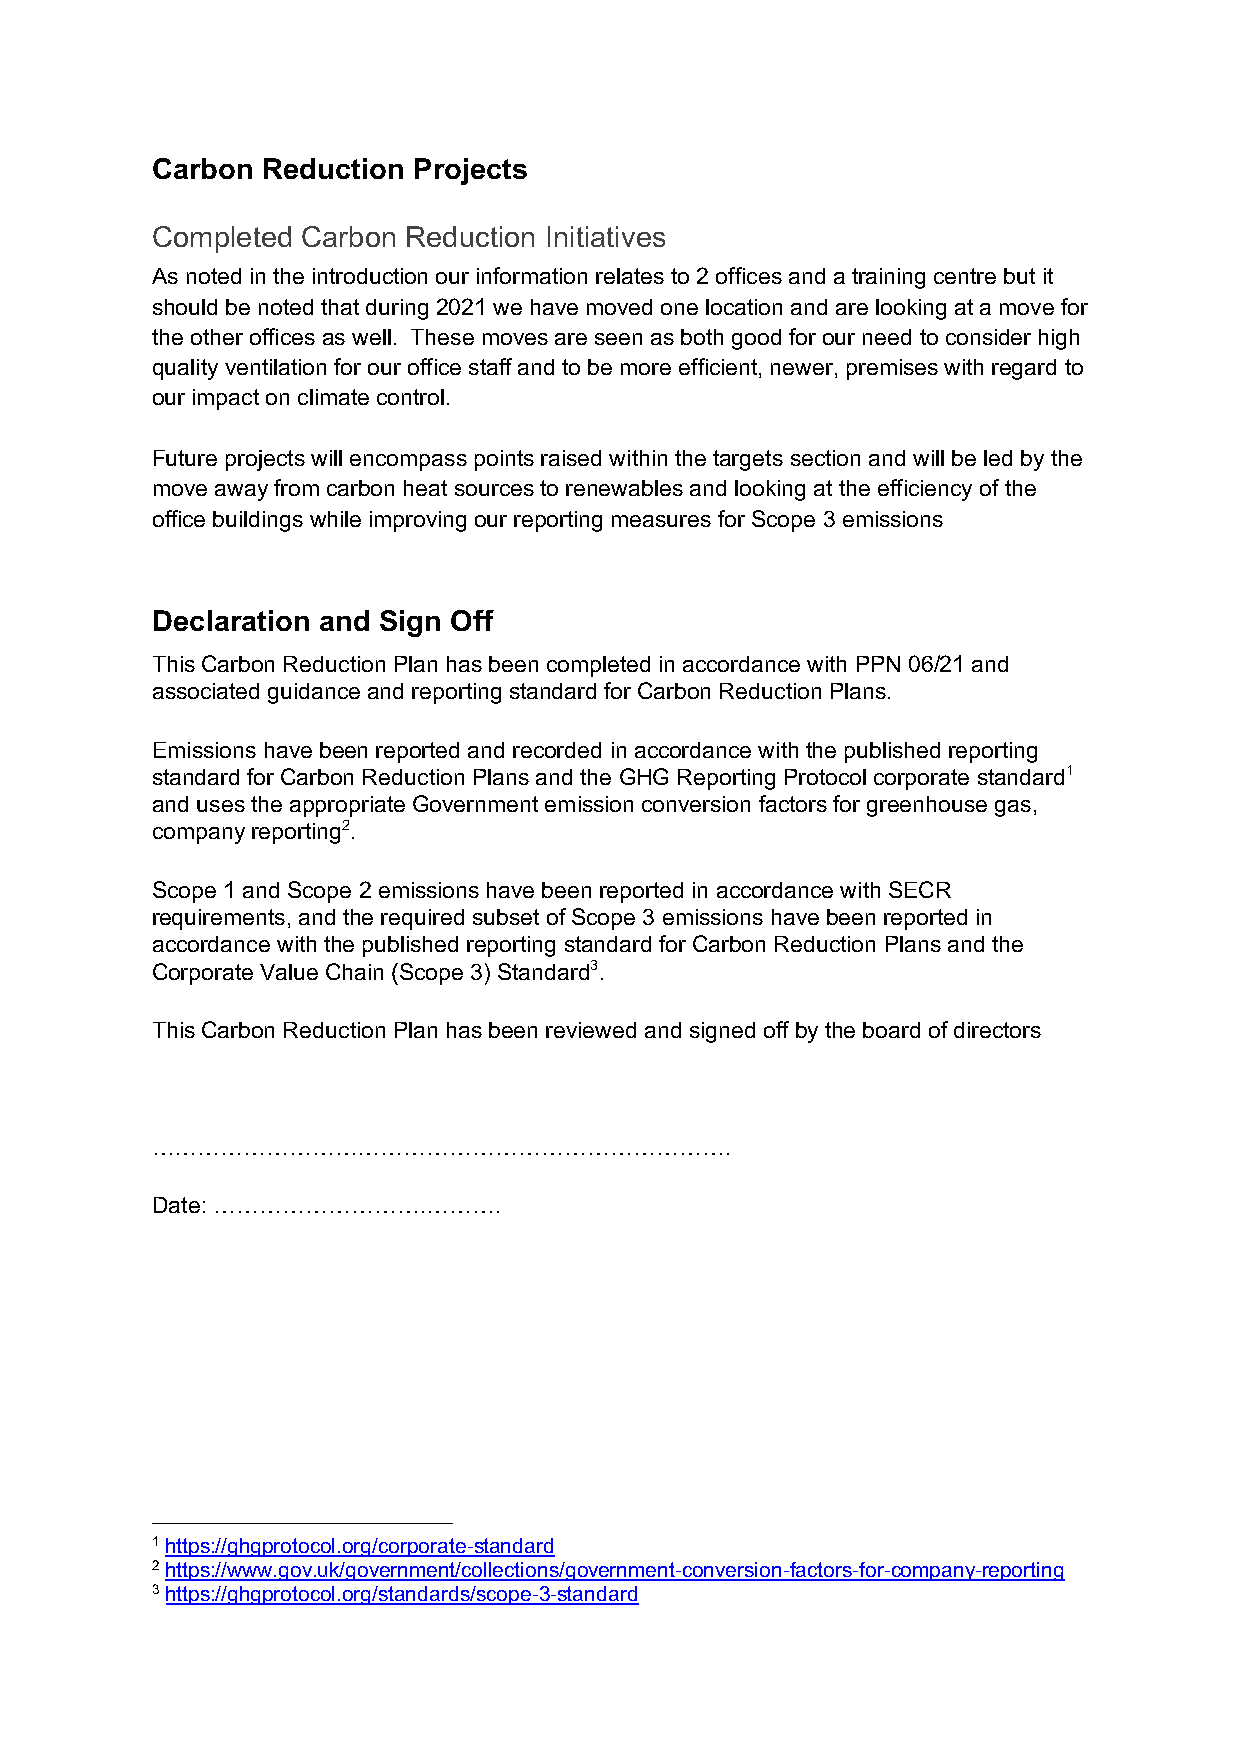
Carbon Reduction Projects
 Completed Carbon Reduction Initiatives
 As noted in the introduction our information relates to 2 offices and a training centre but it
 should be noted that during 2021 we have moved one location and are looking at a move for
 the other offices as well. These moves are seen as both good for our need to consider high
 quality ventilation for our office staff and to be more efficient, newer, premises with regard to
 our impact on climate control.
 Future projects will encompass points raised within the targets section and will be led by the
 move away from carbon heat sources to renewables and looking at the efficiency of the
 office buildings while improving our reporting measures for Scope 3 emissions
 Declaration and Sign Off
 This Carbon Reduction Plan has been completed in accordance with PPN 06/21 and
 associated guidance and reporting standard for Carbon Reduction Plans.
 Emissions have been reported and recorded in accordance with the published reporting
 standard for Carbon Reduction Plans and the GHG Reporting Protocol corporate standard1
 and uses the appropriate Government emission conversion factors for greenhouse gas,
 company reporting2.
 Scope 1 and Scope 2 emissions have been reported in accordance with SECR
 requirements, and the required subset of Scope 3 emissions have been reported in
 accordance with the published reporting standard for Carbon Reduction Plans and the
 Corporate Value Chain (Scope 3) Standard3.
 This Carbon Reduction Plan has been reviewed and signed off by the board of directors
 ………………………………………………………………….
 Date: ……………………….……….
 1 https://ghgprotocol.org/corporate-standard
 2 https://www.gov.uk/government/collections/government-conversion-factors-for-company-reporting
 3 https://ghgprotocol.org/standards/scope-3-standard